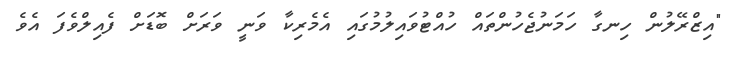
"އިޒްރޭލުން ހިނގާ ހަމަނުޖެހުންތައް ހުއްޓުވައިލުމުގައި އެމެރިކާ ވަނީ ވަރަށް ބޮޑަށް ފެއިލްވެފަ އެވެ